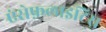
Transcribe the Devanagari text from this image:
एंसेफ़लाइटिस